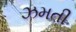
ઝમતી